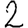
Digit: 2